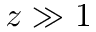
z \gg 1